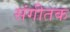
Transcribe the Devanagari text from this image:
संगीतक